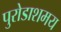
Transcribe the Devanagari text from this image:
पुरोडाशमय